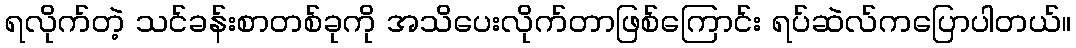
ရလိုက်တဲ့ သင်ခန်းစာတစ်ခုကို အသိပေးလိုက်တာဖြစ်ကြောင်း ရပ်ဆဲလ်ကပြောပါတယ်။